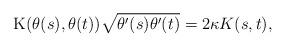
LaTeX: \begin{align*} \mathrm{K} ( \theta(s), \theta(t) ) \sqrt{ \theta^{\prime}(s) \theta^{\prime}(t)} = 2 \kappa K (s, t), \end{align*}